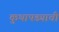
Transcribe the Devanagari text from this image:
कुथापड्याची